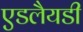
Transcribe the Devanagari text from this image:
एडलैयडी